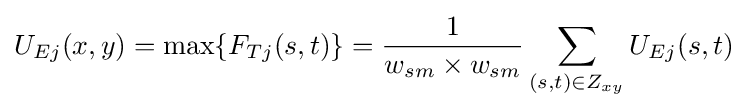
U_{Ej}(x,y)=\max\{F_{Tj}(s,t)\}={\frac {1}{w_{sm}\times w_{sm}}}\sum _{(s,t)\in Z_{xy}}{U_{Ej}}(s,t)